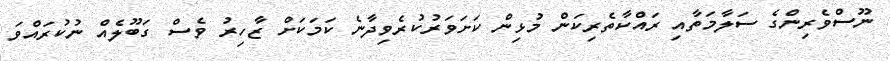
ނޫސްވެރިންގެ ސަލާމަތާއި ރައްކާތެރިކަން މުޅިން ކަށަވަރުކުރެވިދާނެ ކަމަކަށް ޒާހިރު ވެސް ގަބޫލެއް ނުކުރައްވަ